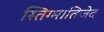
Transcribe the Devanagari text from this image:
स्तिग्मातिजेद